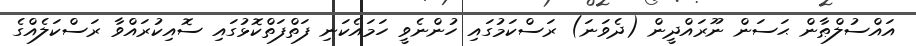
އައްސުލްޠާން ޙަސަން ނޫރައްދީން (ދެވަނަ) ރަސްކަމުގައި ހުންނެވީ ހަމައެކަނި ފަތްފަތްކޮޅުގައި ސޮއިކުރައްވާ ރަސްކަލެއްގެ